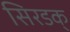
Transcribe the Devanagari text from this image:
सिरडक्